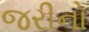
જરીનો